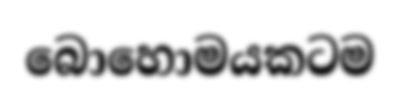
බොහොමයකටම